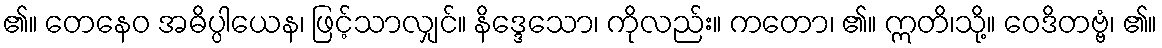
၏။ တေနေဝ အဓိပ္ပါယေန၊ ဖြင့်သာလျှင်။ နိဒ္ဒေသော၊ ကိုလည်း။ ကတော၊ ၏။ ဣတိ၊သို့။ ဝေဒိတဗ္ဗံ၊ ၏။